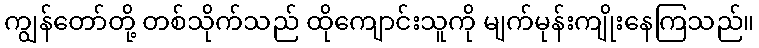
ကျွန်တော်တို့ တစ်သိုက်သည် ထိုကျောင်းသူကို မျက်မုန်းကျိုးနေကြသည်။